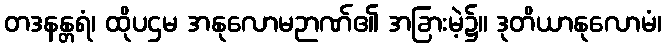
တဒနန္တရံ၊ ထိုပဌမ အနုလောမဉာဏ်၏ အခြားမဲ့၌။ ဒုတိယာနုလောမံ၊